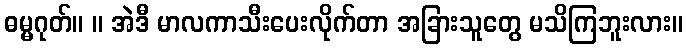
ဓမ္မဂုတ်။ ။ အဲဒီ မာလကာသီးပေးလိုက်တာ အခြားသူတွေ မသိကြဘူးလား။